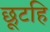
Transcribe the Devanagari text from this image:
छूटहि